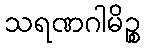
သရဏဂါမိဉ္စ